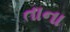
તાના